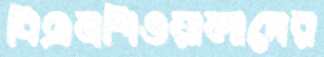
বিএনপিওয়ালাদের